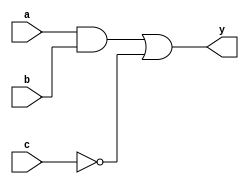
module combinational_logic (
    input wire a,         // Input signal a
    input wire b,         // Input signal b
    input wire c,         // Input signal c
    output reg y          // Output signal y
);

// Always block sensitive to changes in input signals a, b, and c
always @(*) begin
    // Assigning values to output y based on logical operations on inputs
    y = (a & b) | (~c);  // Example: y is true if a AND b is true OR NOT c is true
end

endmodule